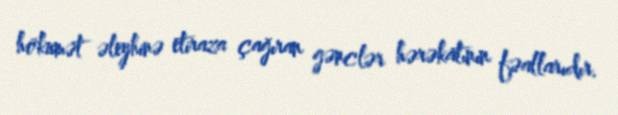
hökumət əleyhinə etiraza çağıran gənclər hərəkatının fəallarıdır.